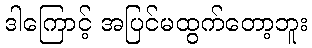
ဒါကြောင့် အပြင်မထွက်တော့ဘူး